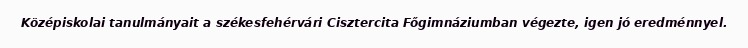
Középiskolai tanulmányait a székesfehérvári Cisztercita Főgimnáziumban végezte, igen jó eredménnyel.